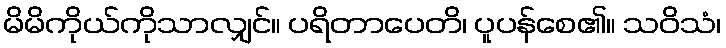
မိမိကိုယ်ကိုသာလျှင်။ ပရိတာပေတိ၊ ပူပန်စေ၏။ သဝိသံ၊